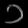
Digit: ၁